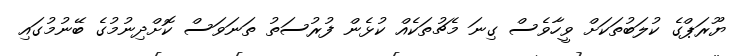
ޔޫރަޕްގެ ކުލަބުތަކަށް ވީހާވެސް ގިނަ މެޗުތަކެއް ކުޅެން ފުރުސަތު ތަނަވަސް ކޮށްދިނުމުގެ ބޭނުމުގައި